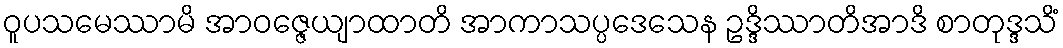
ဝူပသမေဿာမိ အာဝဇ္ဇေယျာထာတိ အာကာသပ္ပဒေသေန ဥဒ္ဒိဿာတိအာဒိ စာတုဒ္ဒသိံ